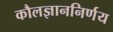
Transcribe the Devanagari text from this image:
कौलज्ञाननिर्णय